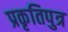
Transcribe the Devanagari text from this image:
प्रकृतिपुत्र